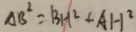
A B ^ { 2 } = B H ^ { 2 } + A H ^ { 2 }